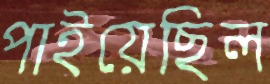
পাইয়েছিল